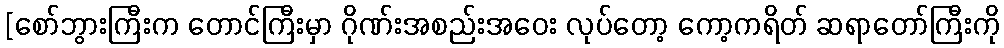
[စော်ဘွားကြီးက တောင်ကြီးမှာ ဂိုဏ်းအစည်းအဝေး လုပ်တော့ ကော့ကရိတ် ဆရာတော်ကြီးကို